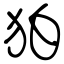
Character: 狛